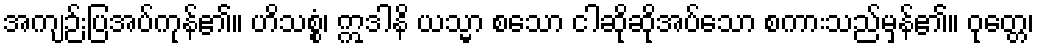
အကျဉ်းပြအပ်ကုန်၏။ ဟိသစ္စံ၊ ဣဒါနိ ယသ္မာ စသော ငါဆိုဆိုအပ်သော စကားသည်မှန်၏။ ဝုတ္တေ၊